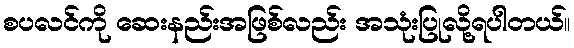
စပလင်ကို ဆေးနည်းအဖြစ်လည်း အသုံးပြုလို့ရပါတယ်။